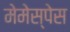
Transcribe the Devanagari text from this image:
मेमेस्पेस